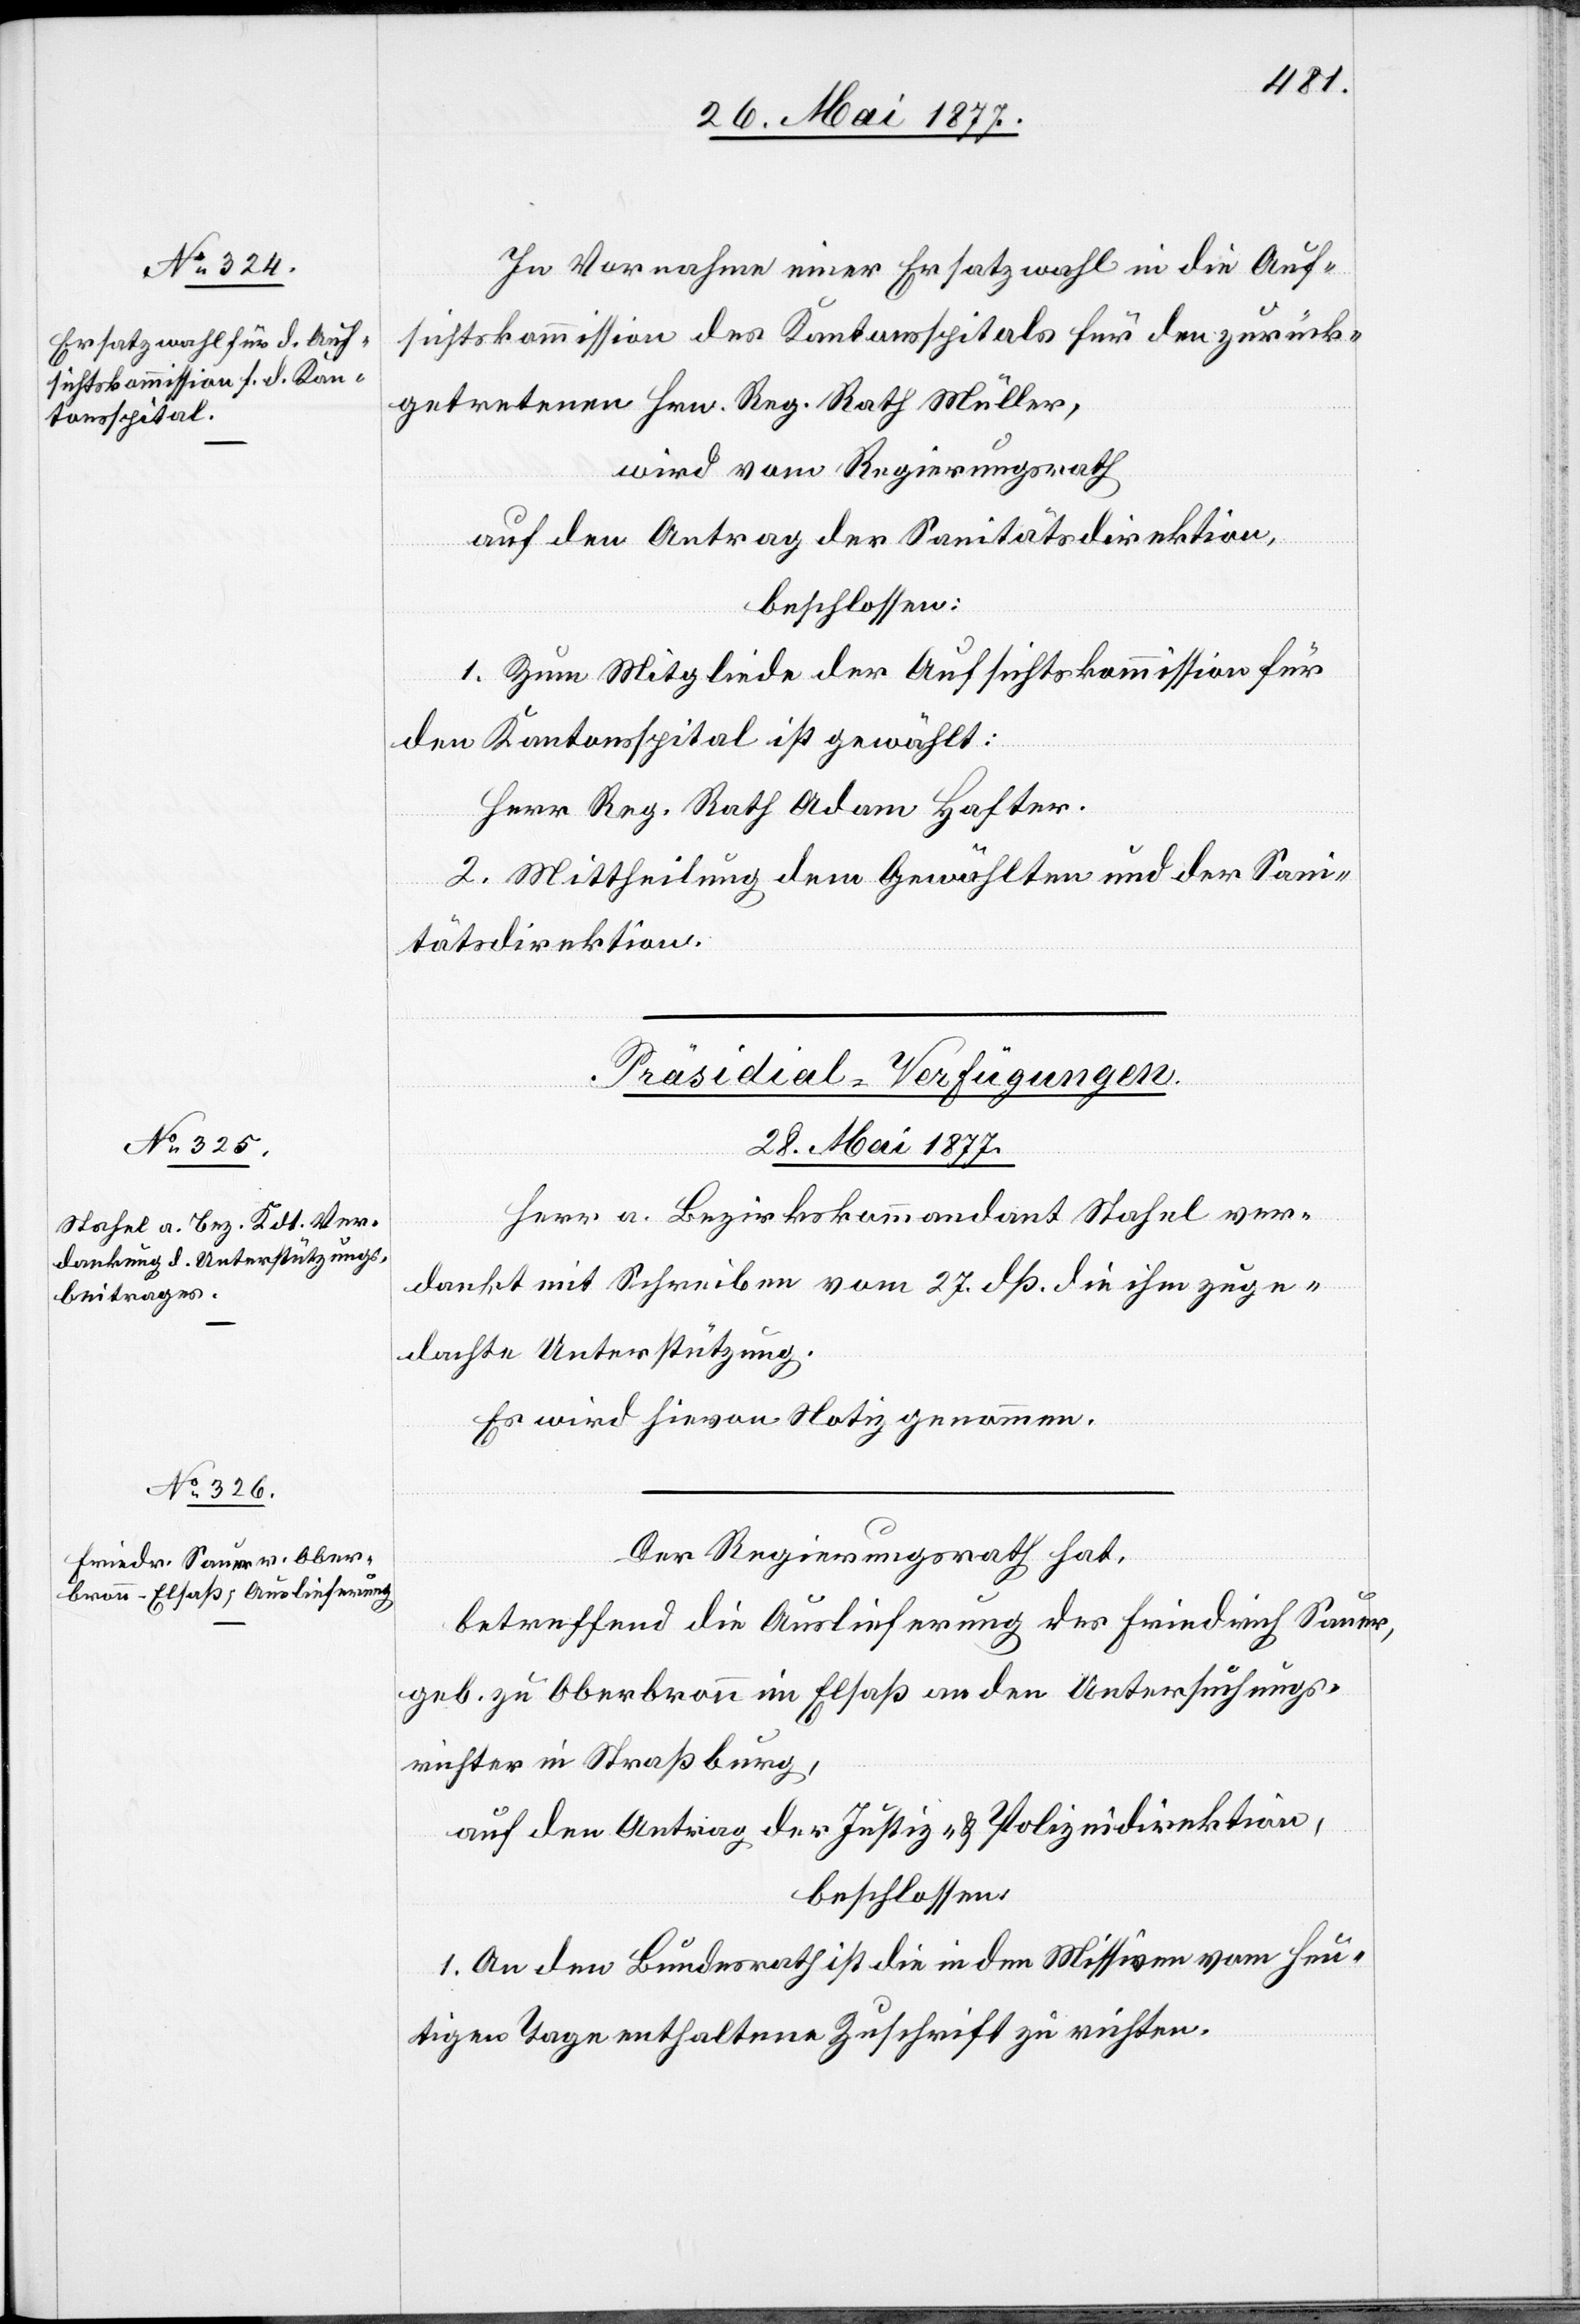
In Vornahme einer Ersatzwahl in die Auf¬
sichtskommission des Kantonsspitals für den zurück¬
getretenen Hrn. Reg. Rath Müller,
wird vom Regierungsrath
auf den Antrag der Sanitätsdirektion,
beschlossen:
1. Zum Mitgliede der Aufsichtskommission für
den Kantonsspital ist gewählt:
Herr Reg. Rath Adam Hafter.
2. Mittheilung dem Gewählten und der Sani¬
tätsdirektion.
[Präsidial-Verfügungen.
28. Mai 1877.]
Herr a. Bezirkskommandant Stahel ver¬
dankt mit Schreiben vom 27. dß. die ihm zuge¬
dachte Unterstützung.
Es wird hievon Notiz genommen.
Der Regierungsrath hat,
betreffend die Auslieferung des Friedrich Sauer,
geb. zu Oberbronn im Elsaß an den Untersuchungs¬
richter in Straßburg,
auf den Antrag der Justiz- & Polizeidirektion,
beschlossen:
1. An den Bundesrath ist die in den Missiven vom heu¬
tigen Tage enthaltene Zuschrift zu richten.